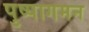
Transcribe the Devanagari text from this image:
पुष्पागमन